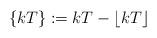
LaTeX: \begin{align*}\{kT\} := kT - \lfloor kT \rfloor \end{align*}